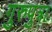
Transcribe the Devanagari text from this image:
गुरुपुत्रा